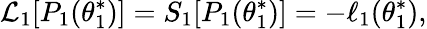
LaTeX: \mathcal{L}_{1}[P_{1}(\theta_{1}^{*})]=S_{1}[P_{1}(\theta_{1}^{*})]=-\ell_{1}(\theta_{1}^{*}),